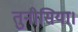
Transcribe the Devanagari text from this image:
तुनीसिया।